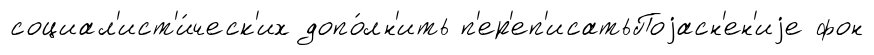
социал'ист'и́ческ'их допо́лн'ить п'ер'еп'исатьПоjасн'ен'иjе фон